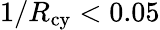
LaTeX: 1/R_{\mathrm{cy}}<0.05